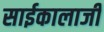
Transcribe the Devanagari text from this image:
साईकालाजी